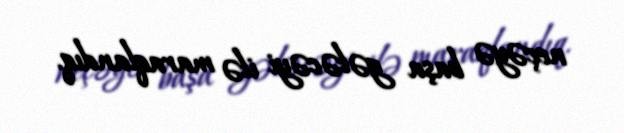
neçəyə başa gələcəyi ilə maraqlandıq.